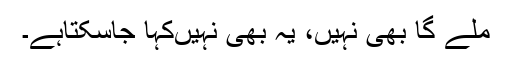
ملے گا بھی نہیں، یہ بھی نہیںکہا جاسکتاہے۔